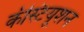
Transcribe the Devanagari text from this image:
कंस्टियूशन